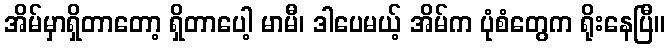
အိမ်မှာရှိတာတော့ ရှိတာပေါ့ မာမီ၊ ဒါပေမယ့် အိမ်က ပုံစံတွေက ရိုးနေပြီ။